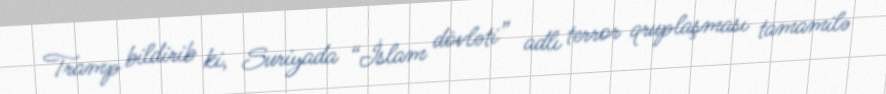
Tramp bildirib ki, Suriyada “İslam dövləti” adlı terror qruplaşması tamamilə